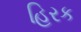
હિરક